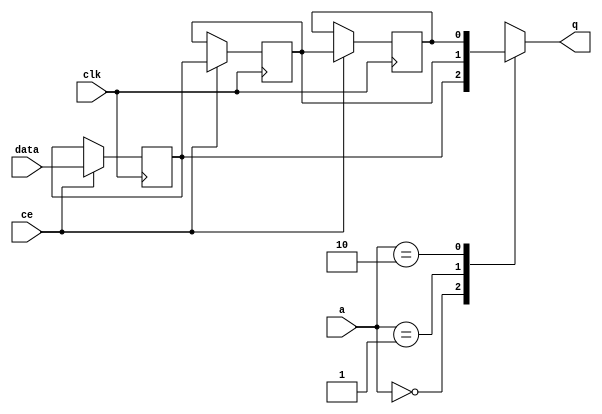
// ==============================================================
// File generated by Vivado(TM) HLS - High-Level Synthesis from C, C++ and SystemC
// Version: 2017.4.op
// Copyright (C) 1986-2018 Xilinx, Inc. All Rights Reserved.
// 
// ==============================================================


`timescale 1 ns / 1 ps

module start_for_merger_U0_shiftReg (
    clk,
    data,
    ce,
    a,
    q);

parameter DATA_WIDTH = 32'd1;
parameter ADDR_WIDTH = 32'd2;
parameter DEPTH = 32'd3;

input clk;
input [DATA_WIDTH-1:0] data;
input ce;
input [ADDR_WIDTH-1:0] a;
output [DATA_WIDTH-1:0] q;

reg[DATA_WIDTH-1:0] SRL_SIG [0:DEPTH-1];
integer i;

always @ (posedge clk)
    begin
        if (ce)
        begin
            for (i=0;i<DEPTH-1;i=i+1)
                SRL_SIG[i+1] <= SRL_SIG[i];
            SRL_SIG[0] <= data;
        end
    end

assign q = SRL_SIG[a];

endmodule

module start_for_merger_U0 (
    clk,
    reset,
    if_empty_n,
    if_read_ce,
    if_read,
    if_dout,
    if_full_n,
    if_write_ce,
    if_write,
    if_din);

parameter MEM_STYLE   = "shiftreg";
parameter DATA_WIDTH  = 32'd1;
parameter ADDR_WIDTH  = 32'd2;
parameter DEPTH       = 32'd3;

input clk;
input reset;
output if_empty_n;
input if_read_ce;
input if_read;
output[DATA_WIDTH - 1:0] if_dout;
output if_full_n;
input if_write_ce;
input if_write;
input[DATA_WIDTH - 1:0] if_din;

wire[ADDR_WIDTH - 1:0] shiftReg_addr ;
wire[DATA_WIDTH - 1:0] shiftReg_data, shiftReg_q;
wire                     shiftReg_ce;
reg[ADDR_WIDTH:0] mOutPtr = {(ADDR_WIDTH+1){1'b1}};
reg internal_empty_n = 0, internal_full_n = 1;

assign if_empty_n = internal_empty_n;
assign if_full_n = internal_full_n;
assign shiftReg_data = if_din;
assign if_dout = shiftReg_q;

always @ (posedge clk) begin
    if (reset == 1'b1)
    begin
        mOutPtr <= ~{ADDR_WIDTH+1{1'b0}};
        internal_empty_n <= 1'b0;
        internal_full_n <= 1'b1;
    end
    else begin
        if (((if_read & if_read_ce) == 1 & internal_empty_n == 1) && 
            ((if_write & if_write_ce) == 0 | internal_full_n == 0))
        begin
            mOutPtr <= mOutPtr - 1;
            if (mOutPtr == 0)
                internal_empty_n <= 1'b0;
            internal_full_n <= 1'b1;
        end 
        else if (((if_read & if_read_ce) == 0 | internal_empty_n == 0) && 
            ((if_write & if_write_ce) == 1 & internal_full_n == 1))
        begin
            mOutPtr <= mOutPtr + 1;
            internal_empty_n <= 1'b1;
            if (mOutPtr == DEPTH - 2)
                internal_full_n <= 1'b0;
        end 
    end
end

assign shiftReg_addr = mOutPtr[ADDR_WIDTH] == 1'b0 ? mOutPtr[ADDR_WIDTH-1:0]:{ADDR_WIDTH{1'b0}};
assign shiftReg_ce = (if_write & if_write_ce) & internal_full_n;

start_for_merger_U0_shiftReg 
#(
    .DATA_WIDTH(DATA_WIDTH),
    .ADDR_WIDTH(ADDR_WIDTH),
    .DEPTH(DEPTH))
U_start_for_merger_U0_ram (
    .clk(clk),
    .data(shiftReg_data),
    .ce(shiftReg_ce),
    .a(shiftReg_addr),
    .q(shiftReg_q));

endmodule